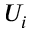
U _ { i }